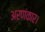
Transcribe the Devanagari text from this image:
अरणंकार।